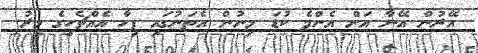
އޭރުން އޭނާ އަށް އެންމެ ކުޑަ މިނުން އެތަނުގައި ފިހާ އެއްޗެހީގެ މީރު